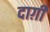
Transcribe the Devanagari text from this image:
दाग़ी